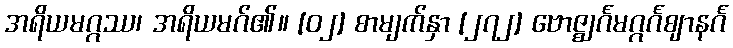
အရိယမဂ္ဂဿ၊ အရိယမဂ်၏။ [၀၂] စာမျက်နှာ [၂၇၂] ဗောဇ္ဈင်္ဂမဂ္ဂင်္ဂဈာနင်္ဂ